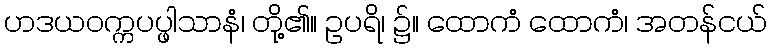
ဟဒယဝက္ကပပ္ဖါသာနံ၊ တို့၏။ ဥပရိ၊ ၌။ ထောကံ ထောကံ၊ အတန်ငယ်